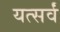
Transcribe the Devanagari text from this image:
यत्सर्वं